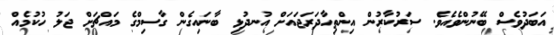
އަބަދުވެސް ބޭނުންވެއެވެ. ސަރުކާރުން އިންތިހާދަރަޖައަށް އުނދުޅި ބާނައިގެން ގާސިމްގެ މައްޗަށް ޖަލު ހުކުމެއް